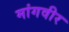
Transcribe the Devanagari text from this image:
मांगवीर